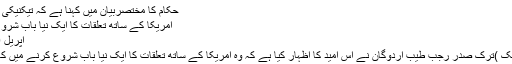
حکام کا مختصربیان میں کہنا ہے کہ تیکنیکی اور قانونی جانچ …
امریکا کے ساتھ تعلقات کا ایک نیا باب شروع ہو گا، ترک صدر
اپریل 29, 2017	305
انقرہ (مانیٹرنگ ڈیسک )ترک صدر رجب طیب اردوگان نے اس امید کا اظہار کیا ہے کہ وہ امریکا کے ساتھ تعلقات کا ایک نیا باب شروع کرنے میں کامیاب ہو جائیں گے۔